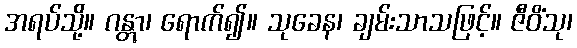
အရပ်သို့။ ဂန္တွာ၊ ရောက်၍။ သုခေန၊ ချမ်းသာသဖြင့်။ ဇီဝိံသု၊